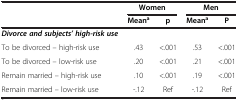
<table><thead><tr><td><b> </b></td><td colspan="2"><b>Women</b></td><td colspan="2"><b>Men</b></td></tr><tr><td><b> </b></td><td><b>Mean<sup>a</sup></b></td><td><b>p</b></td><td><b>Mean<sup>a</sup></b></td><td><b>P</b></td></tr></thead><tbody><tr><td><b><i>Divorce and subjects’ high-risk use</i></b></td><td> </td><td> </td><td> </td><td> </td></tr><tr><td>To be divorced – high-risk use</td><td>.43</td><td>&lt;.001</td><td>.53</td><td>&lt;.001</td></tr><tr><td>To be divorced – low-risk use</td><td>.20</td><td>&lt;.001</td><td>.21</td><td>&lt;.001</td></tr><tr><td>Remain married – high-risk use</td><td>.10</td><td>&lt;.001</td><td>.19</td><td>&lt;.001</td></tr><tr><td>Remain married – low-risk use</td><td>-.12</td><td>Ref</td><td>-.12</td><td>Ref</td></tr></tbody></table>